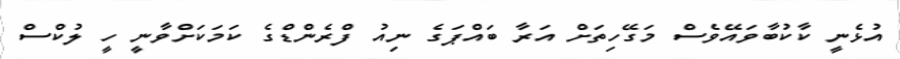
އުޅެނީ ކާކުބާވައޭވެސް މަގޭހިތަށް އަރާ ބައްޕަގެ ނިއު ފްރެންޑްގެ ކަމަކަށްވާނީ ހީ ލުކްސް